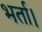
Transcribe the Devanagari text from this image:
भर्ता।